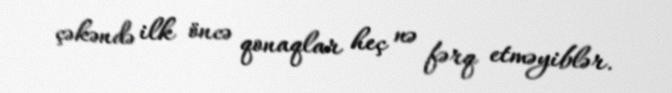
çəkəndə ilk öncə qonaqlar heç nə fərq etməyiblər.